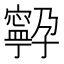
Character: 𭔤